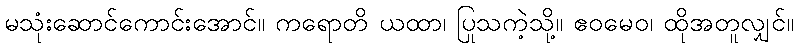
မသုံးဆောင်ကောင်းအောင်။ ကရောတိ ယထာ၊ ပြုသကဲ့သို့။ ဧဝမေဝ၊ ထိုအတူလျှင်။